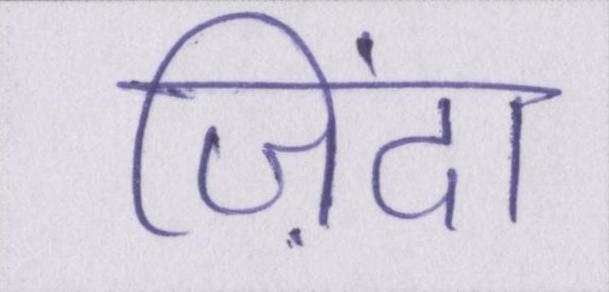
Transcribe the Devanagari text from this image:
ज़िंदा